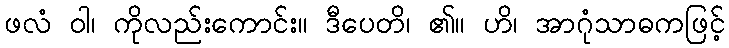
ဖလံ ဝါ၊ ကိုလည်းကောင်း။ ဒီပေတိ၊ ၏။ ဟိ၊ အာဂုံသာဓကဖြင့်